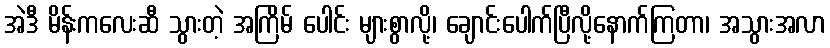
အဲဒီ မိန်းကလေးဆီ သွားတဲ့ အကြိမ် ပေါင်း များစွာလို့၊ ချောင်းပေါက်ပြီလို့နောက်ကြတာ၊ အသွားအလာ